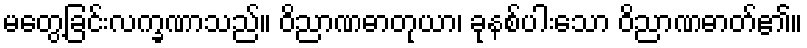
မတွေ့ခြင်းလက္ခဏာသည်။ ဝိညာဏဓာတုယာ၊ ခုနစ်ပါးသော ဝိညာဏဓာတ်၏။